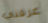
عرفني